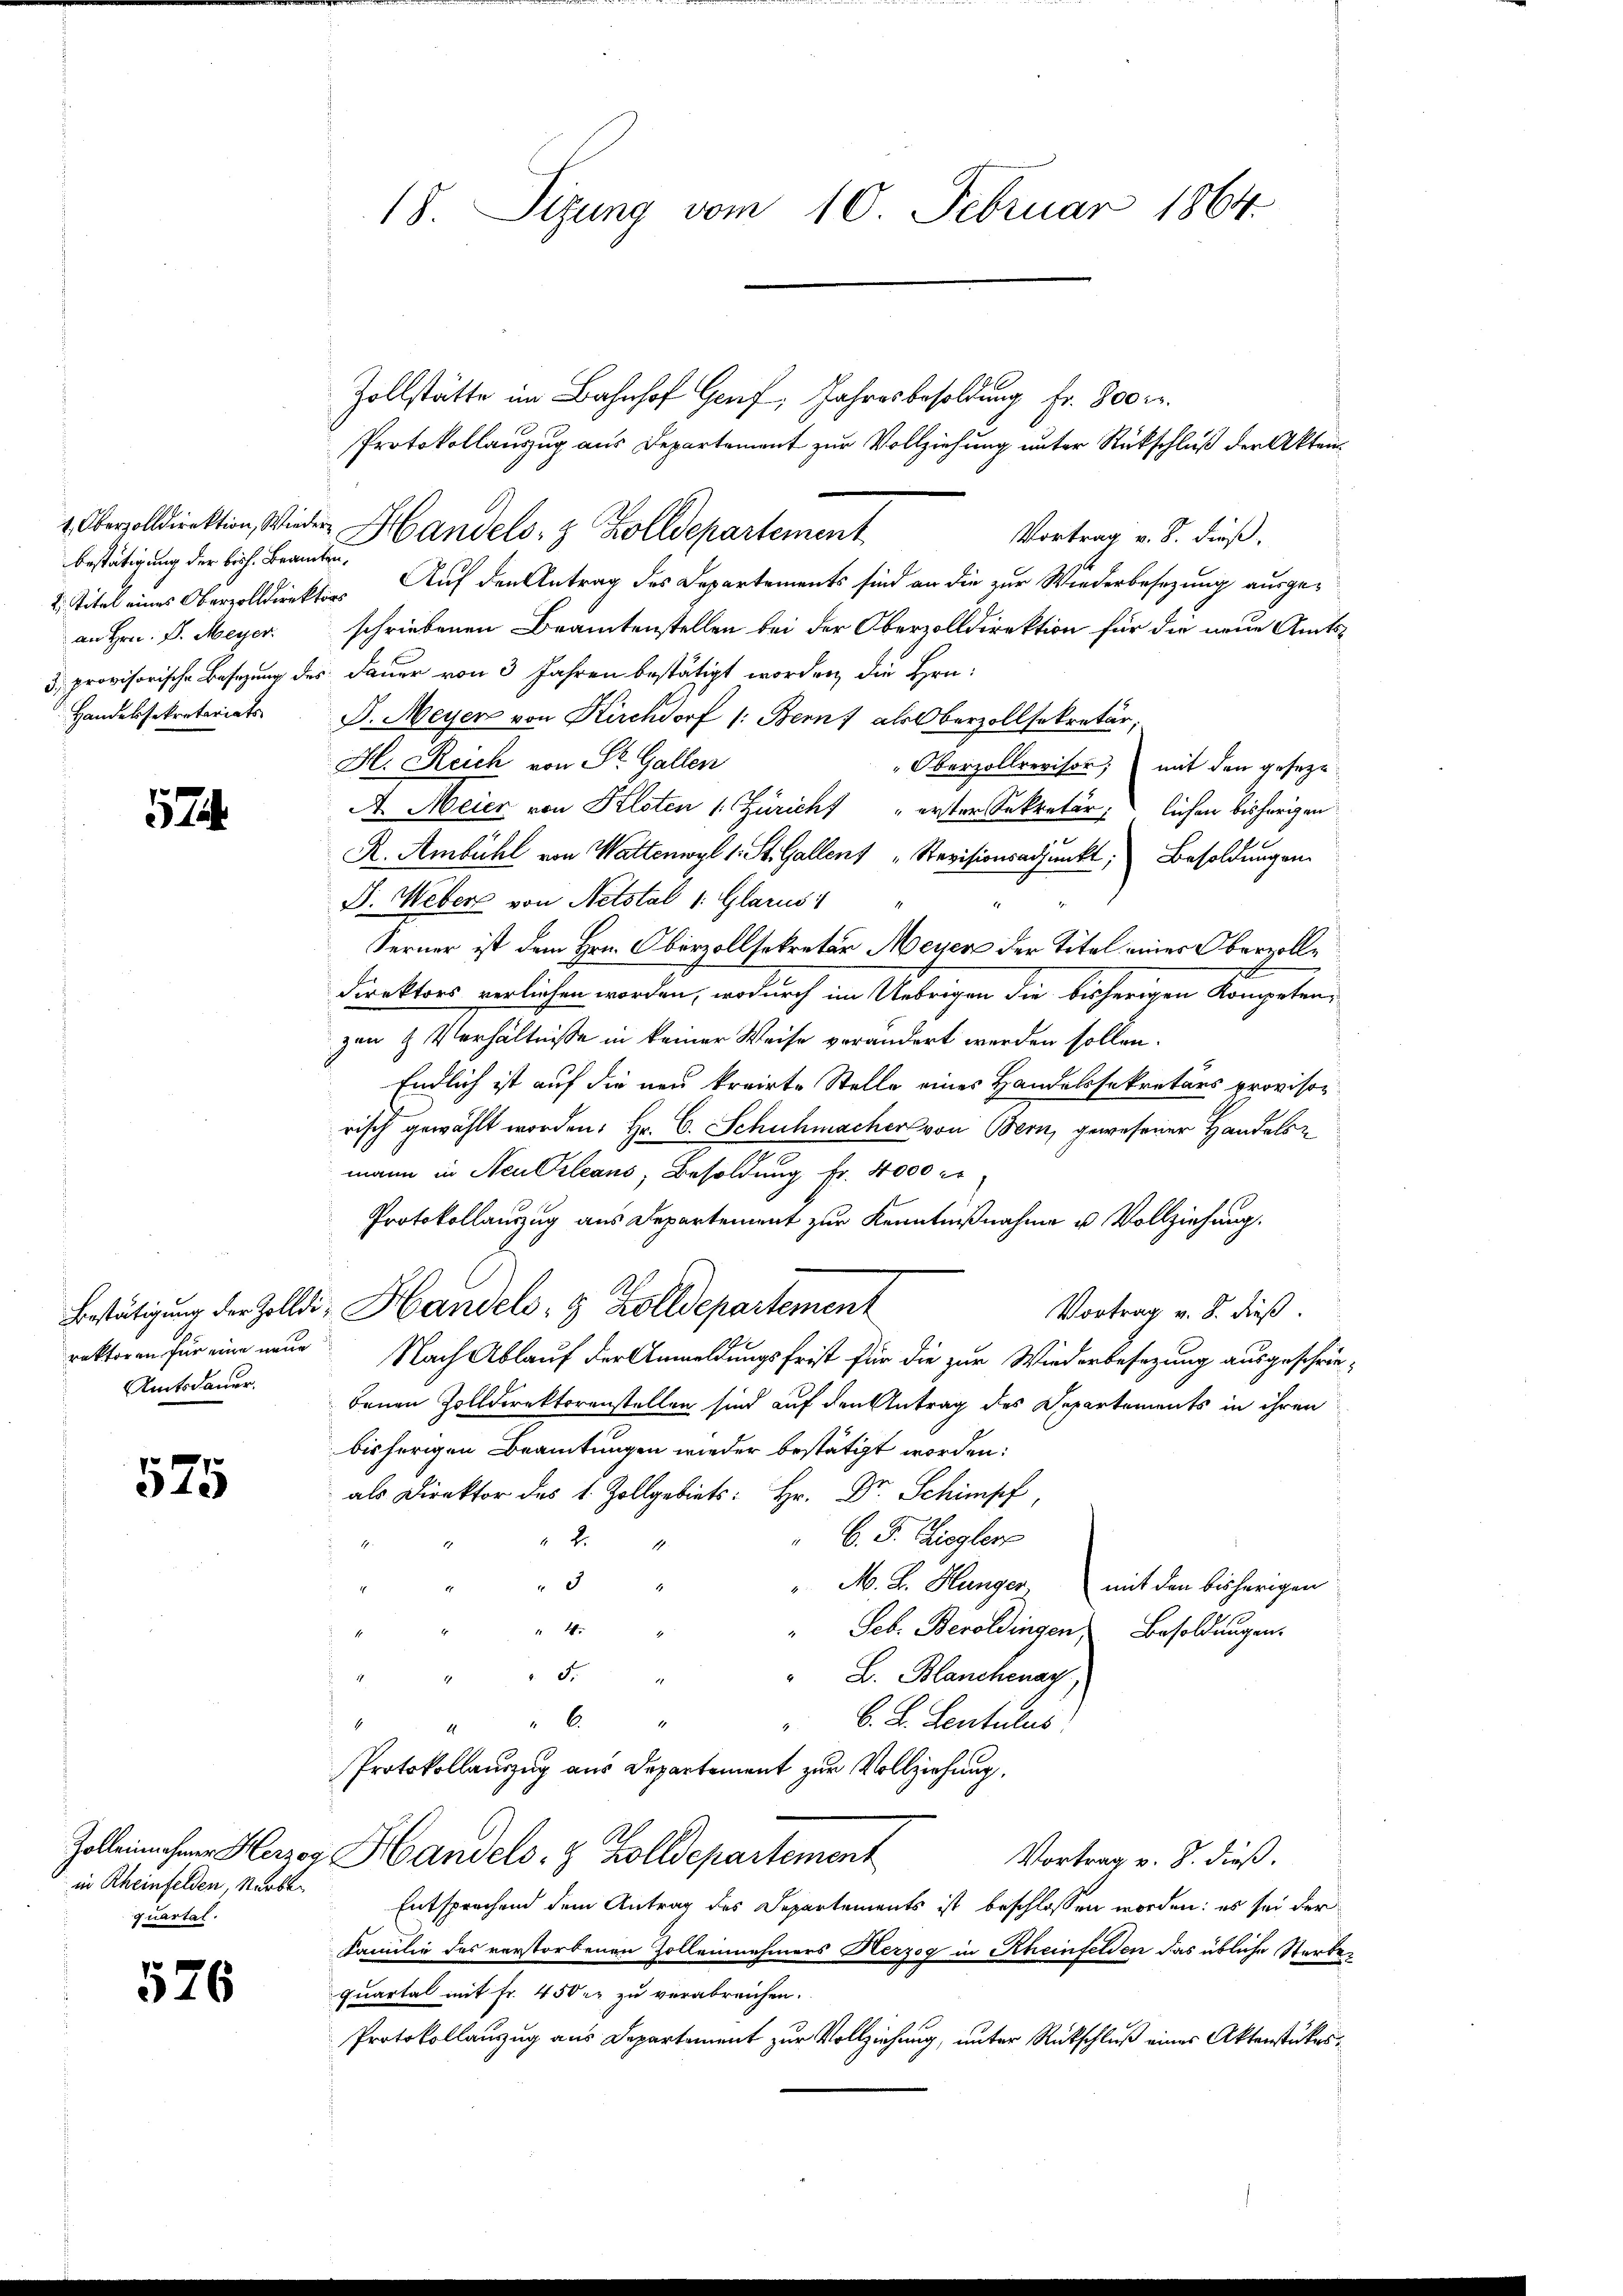
bestätigung der bisch. Beamten¬
2. Titel eines Oberzolldirektors
Handelssekretariats

574.

Amtsdauer.

575

in Rheinfelden, Narbe
quartal.

526

Zollstätte im Bahnhof Genf, Jahresbesoldung fr. 800 r.
Protokollauszug aus Departement zur Vollziehung unter Rückschluß der Akten¬
1. Oberzolldirektion, Wieder Handels- & Zolldepartement
Vortrag v. 8. dieß.
Auf den Antrag des Departements sind an die zur Wiederbesezung ausgean Hrn. B. Meyer schriebenen Beamtenstellen bei der Oberzolldirektion für die neue Amts¬
5. provisorische Besizung des Feuer von 3 Jahren bestätigt worden, die Hrn.
J. Meyer von Kirchdorf 1: Bern, als Oberzollsekretär,
H. Reich von St. Gallen
"Oberzollrevisor, mit den geseze¬
A. Meier von Kloten (: Züricht „erster Sekretär lichen bisherigen

R. Ambühl von Wattenwyl 1. St. Gallen Revisionsadjunkt, Besoldungen
D. Weber von Netstal 1: Glarus: "
Ferner ist dem Hrn. Oberzollsekretär Meyer der Titel einer Oberzolle
Direktors verliehen worden, wodurch im Uebrigen die bisherigen Kompetenzen & Verhältnisse in keiner Weise verändert werden sollen.
Endlich ist auf die neu krairte Stelle eines Handelssekretärs provisorisch gewählt worden: Hr. C. Schuhmacher von Bern, gewesener Handels-
mann in Neu Orleans, Besoldung fr. 4000 rt
Protokollauszug aus Departement zur Kenntnißnahme u. Vollziehung.
Bestätigung der Zolldi, Handels- & Zolldepartement
Vortrag v. 8. dieß.
rektoren für eine neue Nach Ablauf der Anmeldungsfrist für die zur Wiederbesezung ausgeschrie-
benen Zolldirektoranstellen sind auf den Antrag des Departements in ihren
bisherigen Beamtungen wieder bestätigt worden:
als Direktor des 1. Zollgebiet: Hr. Dr. Schimpf
C. J. Ziegler
2.
3
" M. B. Hunger, mit den bisherigen
" 4.
" Seb. Beroldingen Besoldungen.
5.
" B. Blanchenay,
2
l.
 B. L. Lentulus
4
1
Protokollauszug aus Departement zur Vollziehung.
Zolleinaher Herzog Handels- & Zolldepartement
Vortrag v. 8. dieß.
Entsprochend dem Antrag des Departements ist beschlossen worden: es sei der
Familie des verstorbenen Zollennehmers Herzog in Rheinfelden das übliche Sterbequartal mit Fr. 450 r. zu verabreichen.
Protokollanzug aus Departement zur Vollziehung, unter Rückschluß eines Aktenstükes¬

18. Sizung vom 10. Februar 1864.